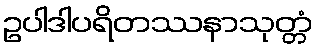
ဥပါဒါပရိတဿနာသုတ္တံ